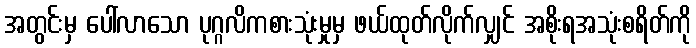
အတွင်းမှ ပေါ်လာသော ပုဂ္ဂလိကစားသုံးမှုမှ ဖယ်ထုတ်လိုက်လျှင် အစိုးရအသုံးစရိတ်ကို